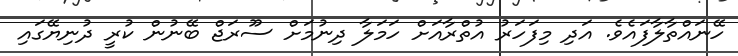
ހޭނައްތާލާފައެވެ. އަދި މިފަހަރު އުތްރާއަށް ހަމަލާ ދިނުމަށް ސޫރަޖް ބޭނުން ކުރީ ދުނިޔޭގައި